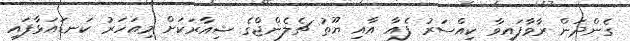
ގެންދަން ރާވާފައިވާ ކިއްސަރު ފެއާ އާއި ޔޫތު ޗެލެންޖްގެ ޝިއާރަކަށް މިއަހަރު ކަނޑައަޅާފައި